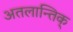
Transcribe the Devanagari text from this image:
अतलान्तिक्